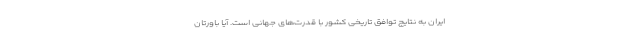
ایران به نتایج توافق تاریخی کشور با قدرت‌های جهانی است. آیا باورتان